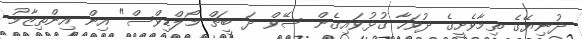
ދުނިޔޭގެ ތިމާވެށީގެ ދުވަހާ ގުޅުވައިގެން ސޭވް ދަ ބީޗް މޯލްޑިވްސް" އިން އިންތިޒާމު